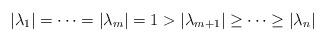
LaTeX: \begin{align*}|\lambda_1|=\cdots=|\lambda_m|=1>|\lambda_{m+1}|\ge\cdots\ge|\lambda_n|\end{align*}